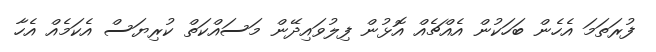
ފުރަތަމަ އެހެން ބަހަކުން އެއްޗެއް އޮޅުން ފިލުވައިދޭން މަސައްކަތް ކުރިޔަސް އެކަމެއް އެހާ